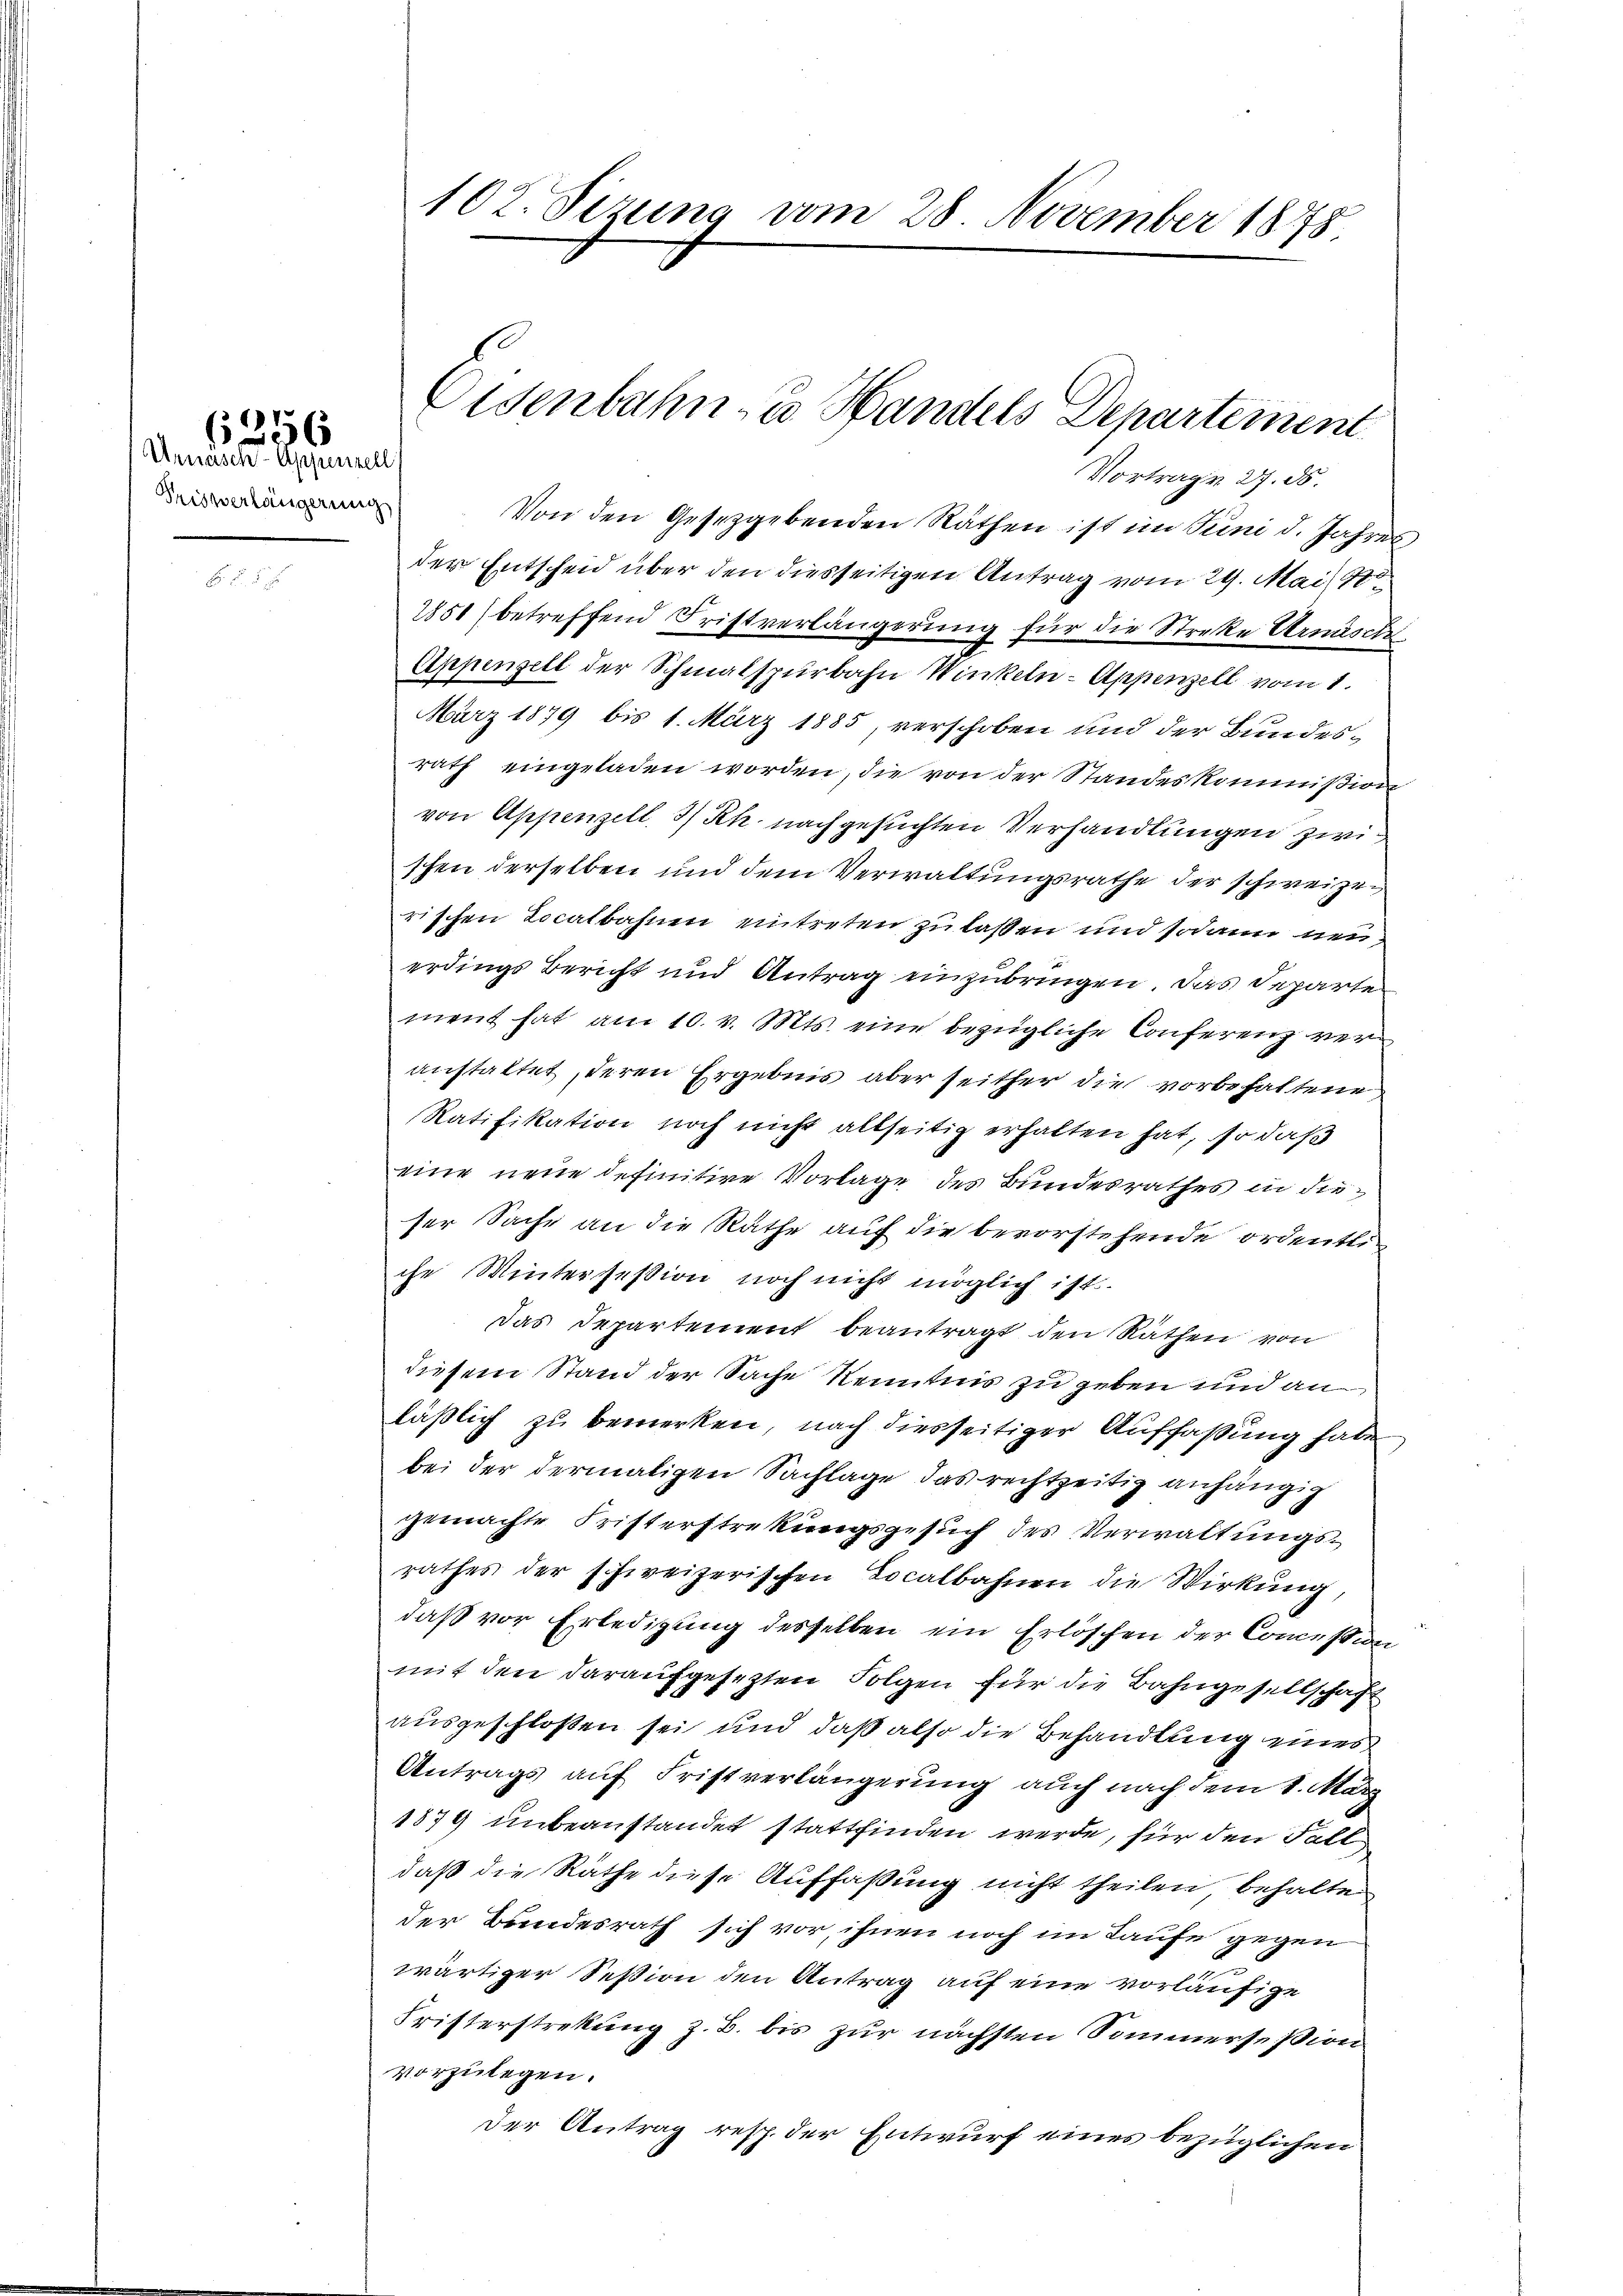
Urnasch-Appenzell
Tisverlängerung

6256

Vortrage 27. ds.
Von den Gesetzgebenden Räthen ist im Juni d. Jahres
der Entscheid über den diesseitigen Antrag vom 24. Mai 1890.
251 (betreffend Fristverlängerung für die Streke Arnäsch
Appenzell der Schmalspurbahn Winkeln- Appenzell vom 1.
März 1879 bis 1. März 1885, verschoben und der Bundesrath eingeladen worden, die von der Standeskommißion
von Appenzell I/Rh. nachgesuchten Verhandlungen zwi
schen derselben und dem Verwaltungsrathe der schweizerischen Localbahnen eintreten zu laßen und sodann neuerdings Bericht und Antrag einzubringen. Das Departe
ment hat am 10. v. Mts. eine bezügliche Conferenz veranstattet, deren Ergebnis aber seither die vorbehaltene
Ratifikation noch nicht allseitig erhalten hat, so daß
eine neue definitive Vorlage des Bundesrathes in dieser Sache an die Räthe auf die bevorstehende ordentliche Wintersession noch nicht möglich ist.
Das Departement beantragt den Räthen von
diesem Stand der Sache Kenntnis zu geben und an
läßlich zu bemerken, nach diesseitiger Auffassung habe,
bei der dermaligen Sachlage das rechtzeitig anhängig
gemachte Fristerstrekungsgesuch des Verwaltungsrathes der schweizerischen Localbahnen die Wirkung
daß vor Erledigung desselben ein Erlöschen der Concessan
mit den daraufgesezten Folgen für die Bahngesellschaft
ausgeschlossen sei und daß also die Behandlung eines
Antrags auf Fristverlängerung auch nach dem 1. März
1879 unbeanstandet stattfinden werde, für den Fall
daß die Räthe diese Auffassung nicht theilen behalten
der Bundesrath sich vor, ihnen noch im Taufe gegen
wärtiger Session den Antrag auf eine vorläufige
Fristerstrekung z. B. bis zur nächsten Sommersesion
vorzulegen.
Der Antrag resp. der Entwurf eines bezüglichen

102. Sizung vom 28 November 1878.

Oldenbahn- u. Handels Departement